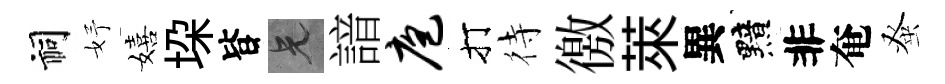
祠妤嬉垜𣅜兄諳庖打待徼萊異黯非奄𫊫